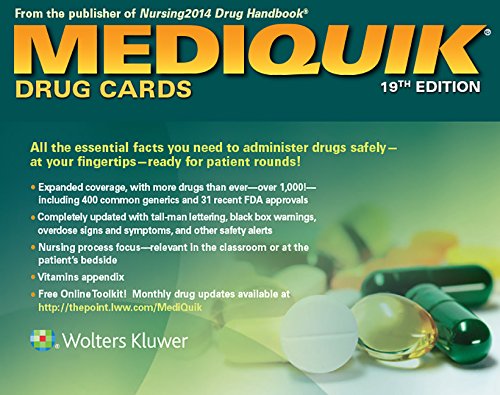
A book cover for MediQuik Drug Cards; Carla Vitale; Medical Books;